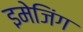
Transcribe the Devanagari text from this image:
इमेजिंग